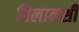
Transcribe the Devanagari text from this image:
बिलानशी